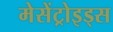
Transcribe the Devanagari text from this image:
मेसेंट्रोइड्स